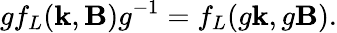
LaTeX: gf_{L}(\textbf{k},\textbf{B})g^{-1}=f_{L}(g\textbf{k},g\textbf{B}).